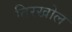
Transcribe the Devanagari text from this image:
तिरखोल